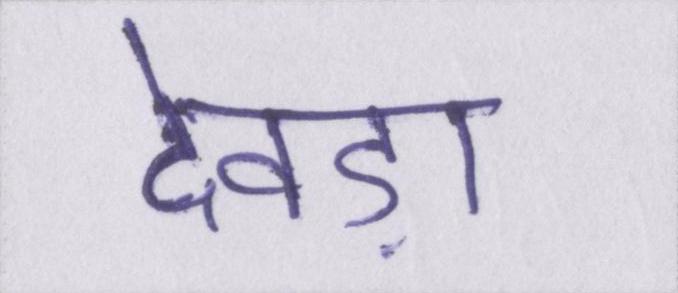
देवड़ा